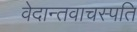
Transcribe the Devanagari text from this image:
वेदान्तवाचस्पति